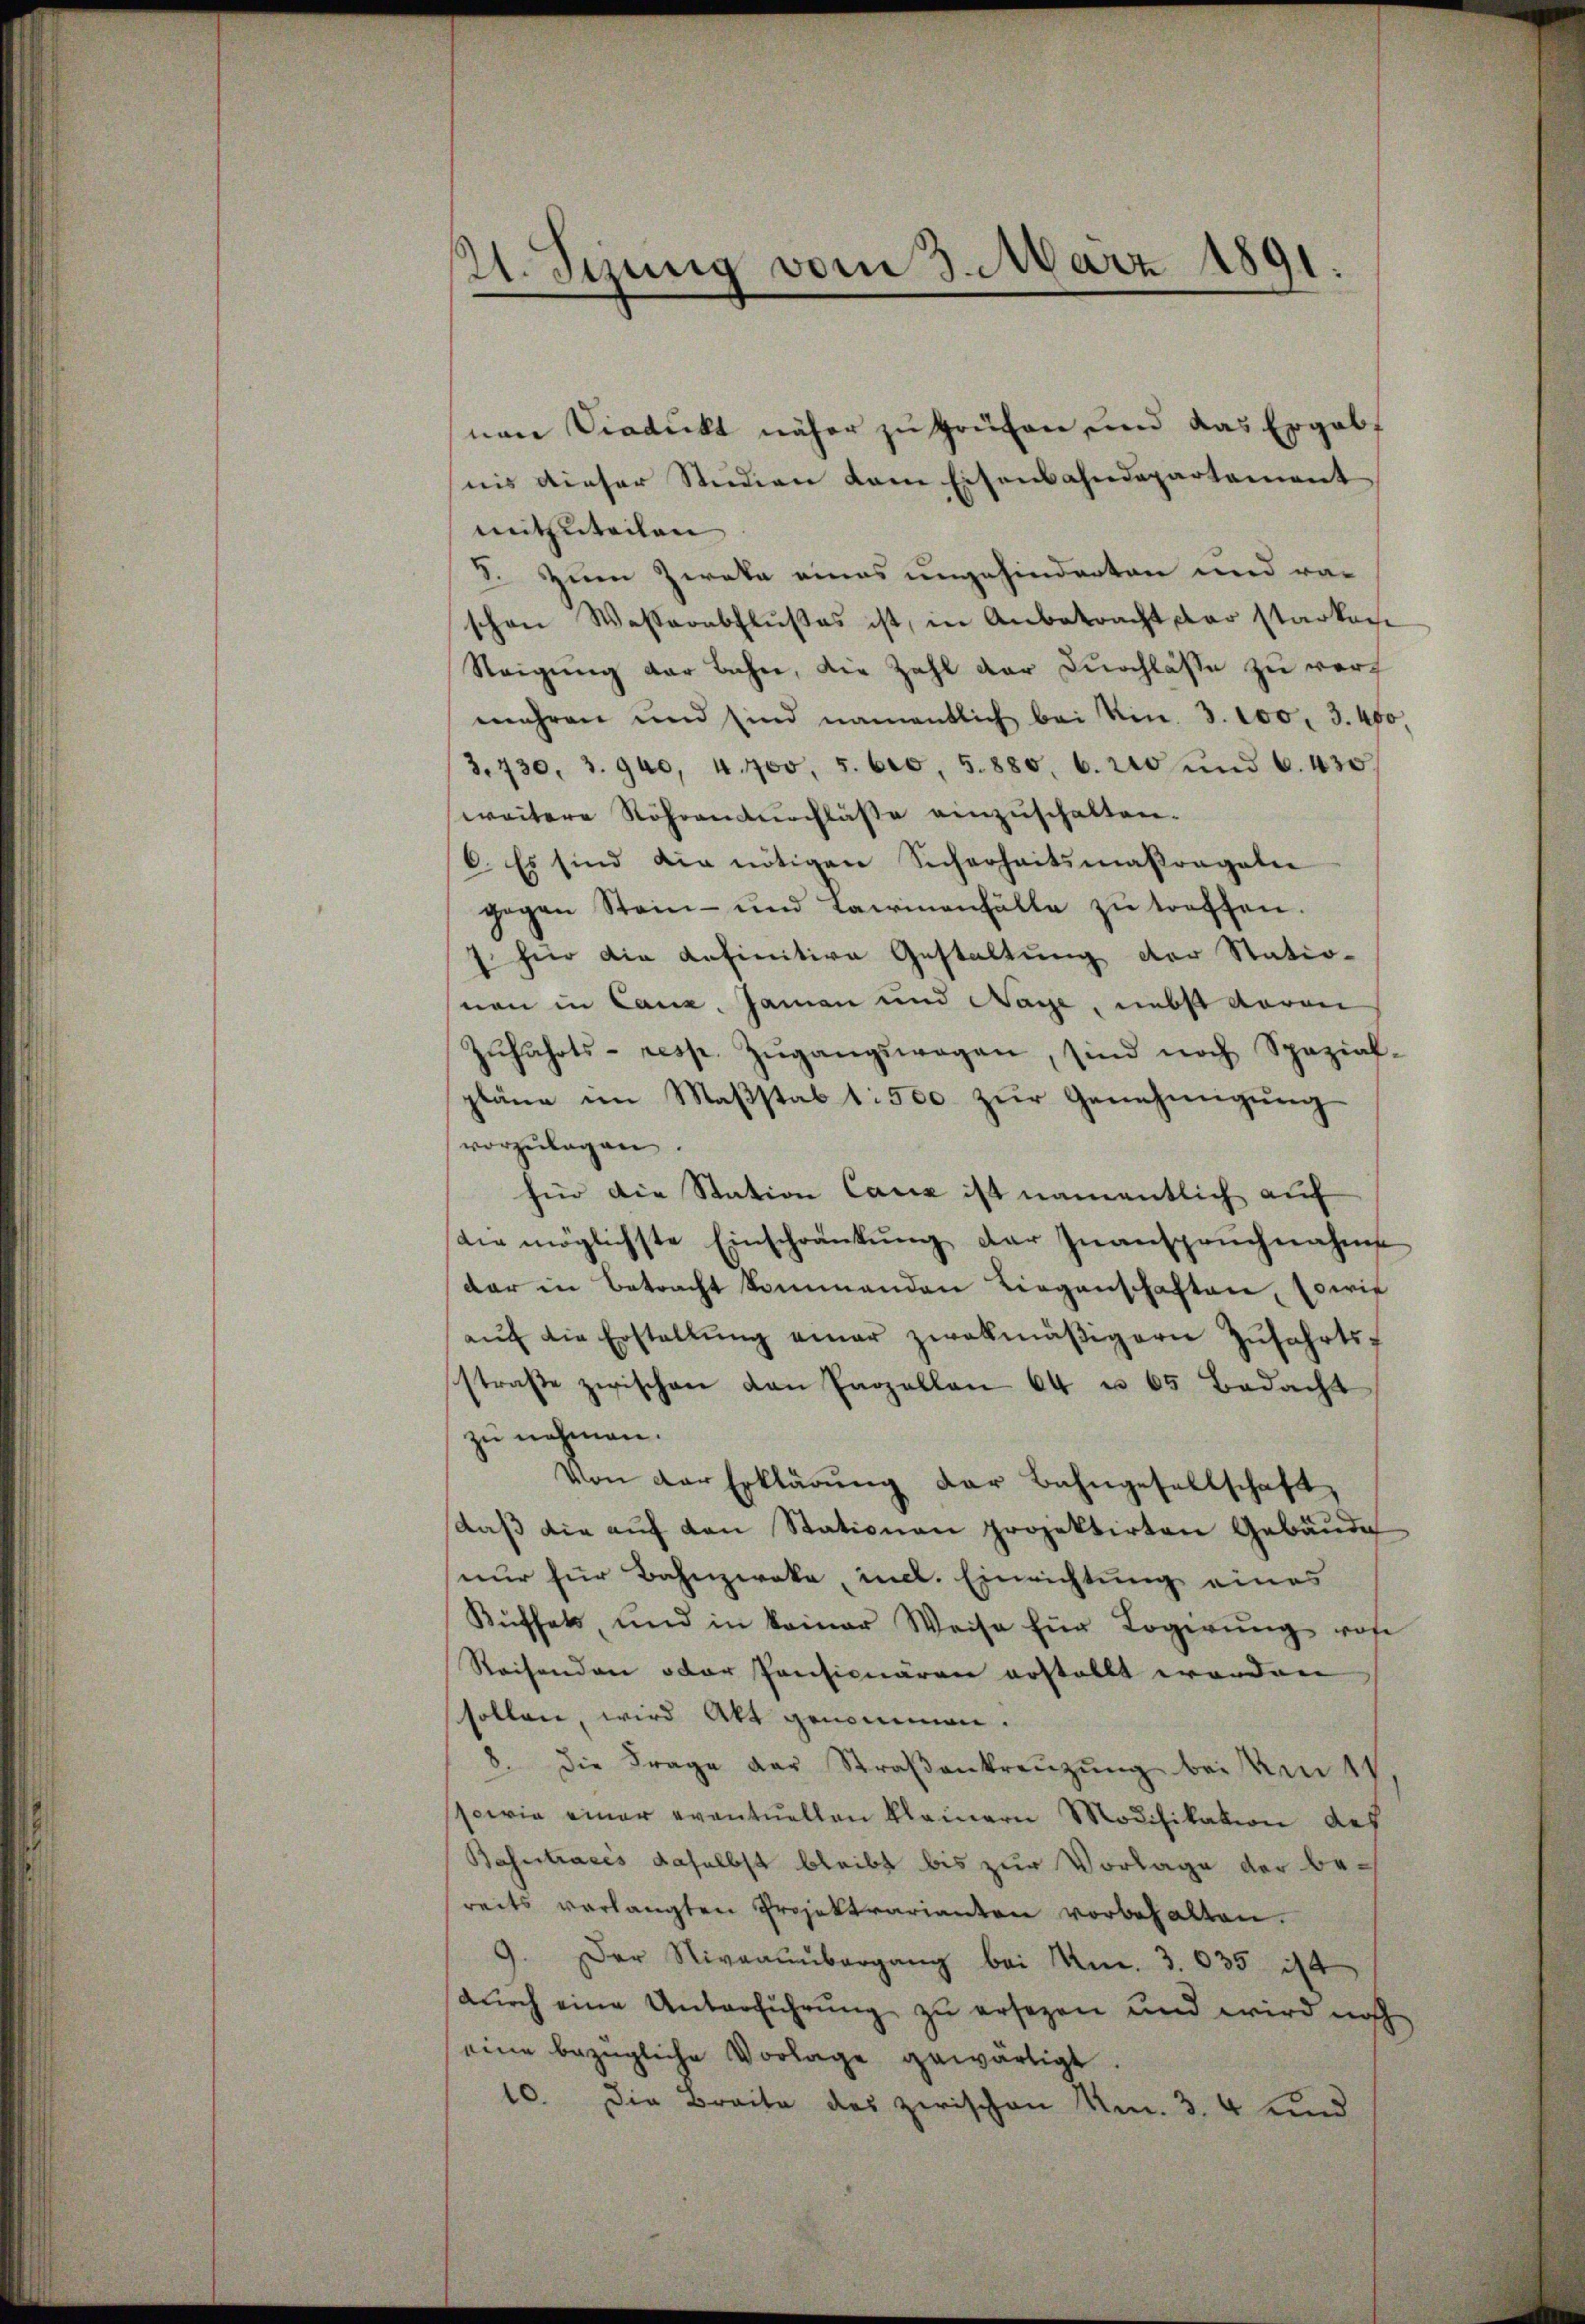
21. Stung vom 3. März 1891.
.

nen Viadukt näher zu prüfen und das Ergabt
nis dieser Studien kam Eisenbahndepartement
mitzuteilen
8. Zum Zweke eines ungehinderten und raschon Wasserabflŭβes ist, in Anbetracht par starken
Steigung der Bahn, die Zahl der Durchlasse zu vermehren und sind namentlich bei Kin. 3. 100, 3. 460,
3.730, 3. 940, 4400, 5. 620, 5. 880, 6. 200 und 6. 430
weitere Röhrendurchlässe einzuschalten.
C. Es sind die nötigen Sicherheitsmaßregeln
gegen Stein- und Lawinenfälle zŭ treffen.
1 für die definitive Gestaltung der Statio-
nen in Canz, Jaman und Nage, nebst daran
Zŭfahrts- resp. Zŭgangswegen, sind noch Spezial-
pläne im Maßstab 1: 500. zŭr Genehmigung
vorzŭlagen.
für die Station Cauz ist namentlich auf
die möglichste Einschränkung der Inanspruchnahme
dar in Betracht kommenden Liegenschaften, sowie
aŭf die Erstellŭng einer zwekmäβigern Zŭfahrts-
straβe zwischen von Parzellen 64 u. 65 Bedacht
zu nehmen.
Von der Erklärŭng der Bahngesellschaft,
daβ die aŭf den Stationen projektirten Gebäude
nur für Bahnzwoka, incl. Einrichtung eines
Küffels, und in keiner Weise für Logerŭng wose
Reisenden oder Pensionären erstellt worden
sollen, wird Akt genommen.
8. die Frage der Straβenkreuzung bei Um 11ten
sowie einer eventuellen kleinern Modifikation des
Bahntracés daselbst bleibt bis zur Vorlage der bereits verlangten Projektrarianten vorbehalten.
9. Der Niveaŭŭbergang bei Am. 3. 635 ist
dŭrch eine Unterführung zu ersezen und wird noch
eine bezügliche Vorlage gewärtigt.
10. Die Breite des zwischen Am. 3. 4 und